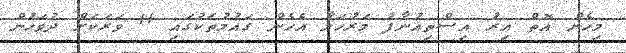
މިހެން އޮތް އިރު އިސްތިއުނާފު މަރުހަލާ އެހެން ގައުމުތަކުގައި 11 ވަރަކަށް ދުވަހުން